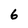
Character: 6